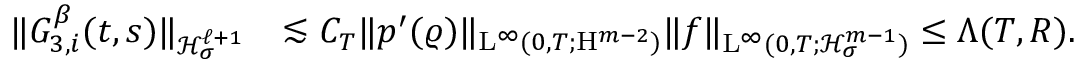
\begin{array} { r l } { \Vert G _ { 3 , i } ^ { \beta } ( t , s ) \Vert _ { \mathcal { H } _ { \sigma } ^ { \ell + 1 } } } & { \lesssim C _ { T } \Vert p ^ { \prime } ( \varrho ) \Vert _ { \mathrm { L } ^ { \infty } ( 0 , T ; \mathrm { H } ^ { m - 2 } ) } \Vert f \Vert _ { \mathrm { L } ^ { \infty } ( 0 , T ; \mathcal { H } _ { \sigma } ^ { m - 1 } ) } \leq \Lambda ( T , R ) . } \end{array}